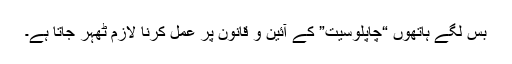
بس لگے ہاتھوں “چاپلوسیت” کے آئین و قانون پر عمل کرنا لازم ٹھہر جاتا ہے۔